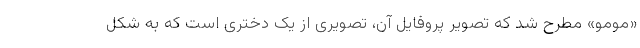
«مومو» مطرح شد که تصویر پروفایل آن، تصویری از یک دختری است که به شکل